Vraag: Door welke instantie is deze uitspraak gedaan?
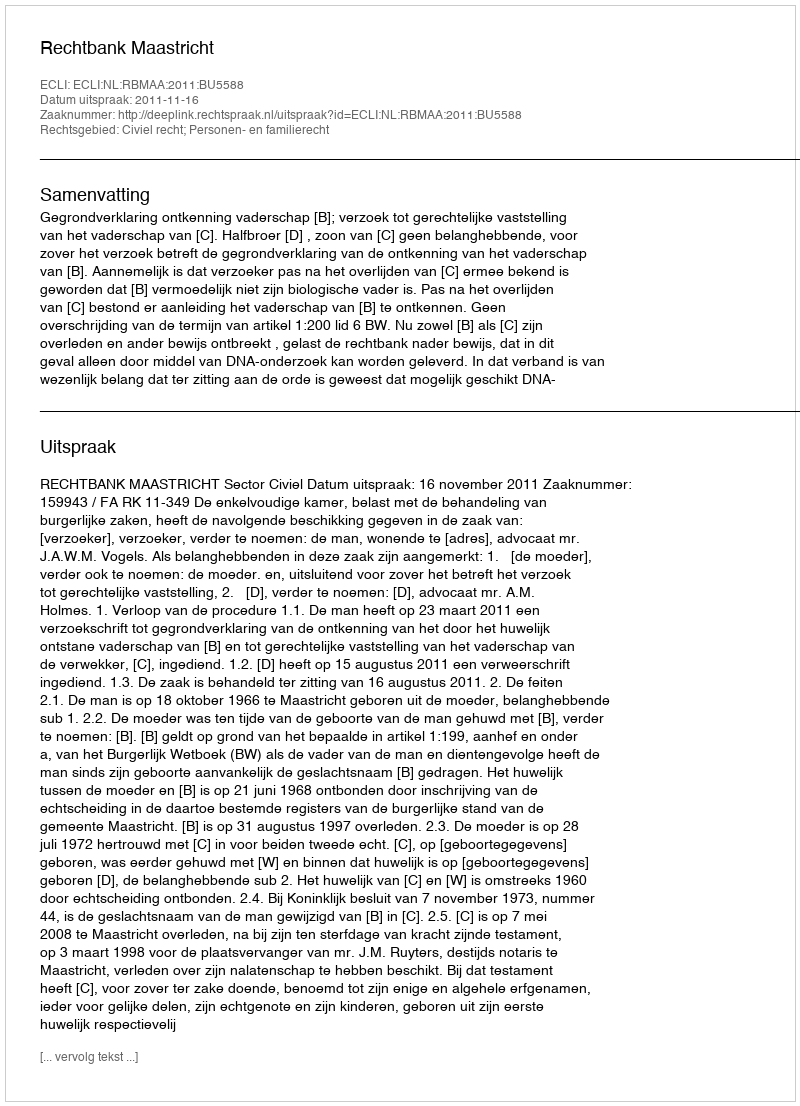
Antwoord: Rechtbank Maastricht